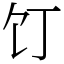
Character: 饤